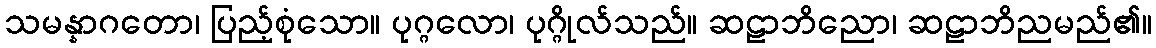
သမန္နာဂတော၊ ပြည့်စုံသော။ ပုဂ္ဂလော၊ ပုဂ္ဂိုလ်သည်။ ဆဠာဘိညော၊ ဆဠာဘိညမည်၏။